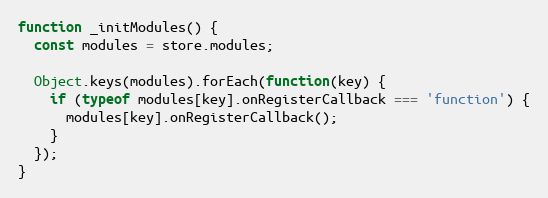
Language: JavaScript
function _initModules() {
  const modules = store.modules;

  Object.keys(modules).forEach(function(key) {
    if (typeof modules[key].onRegisterCallback === 'function') {
      modules[key].onRegisterCallback();
    }
  });
}